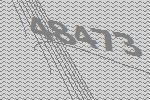
48473